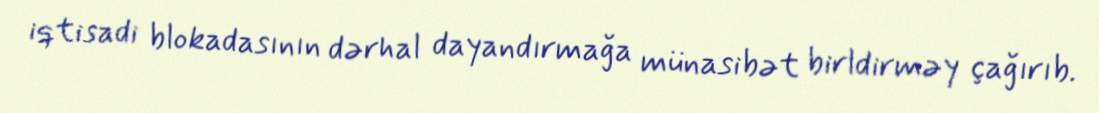
iqtisadi blokadasının dərhal dayandırmağa münasibət birldirməy çağırıb.